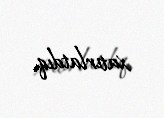
xatırlatdıq.